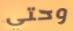
وحتي